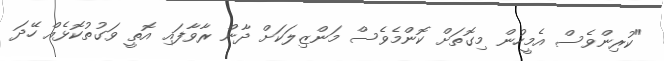
"ކުރިންވެސް އެމީހުން މިގޮތަށް ކޮންމެވެސް މަންޒިލަކަށް ދާން ރާވާފައި އޮތީ ވަގުތުކޮޅެއް ހޭދަ